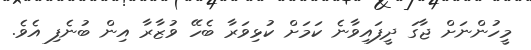
މީހުންނަށް ޖާގަ ދީފައިވާނެ ކަމަށް ކުޅިވަރާ ބެހޭ ވުޒާރާ އިން ބުނެފި އެވެ.